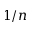
1 / n